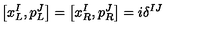
\left[ x _ { L } ^ { I } , p _ { L } ^ { J } \right] = \left[ x _ { R } ^ { I } , p _ { R } ^ { J } \right] = i \delta ^ { I J }